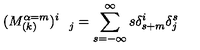
( M _ { ( k ) } ^ { \alpha = m } ) _ { \quad j } ^ { i } = \sum _ { s = - \infty } ^ { \infty } s \delta _ { s + m } ^ { i } \delta _ { j } ^ { s }